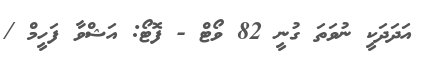
އަދަދަކީ ނުވަތަ ގުނީ 82 ވޯޓް - ފޮޓޯ: އަޝްވާ ފަހީމް /